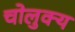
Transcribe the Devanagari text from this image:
चोलुक्य